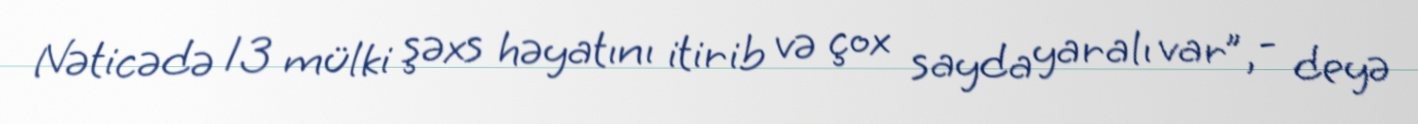
Nəticədə 13 mülki şəxs həyatını itirib və çox sayda yaralı var”, - deyə